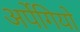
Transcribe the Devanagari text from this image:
अर्पेगियो